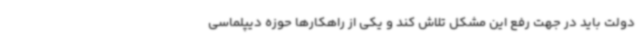
دولت باید در جهت رفع این مشکل تلاش کند و یکی از راهکارها حوزه دیپلماسی